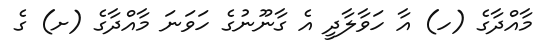
މާއްދާގެ (ހ) އާ ހަވާލާދީ އެ ގާނޫނުގެ ހަވަނަ މާއްދާގެ (ށ) ގެ